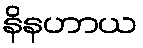
နိနဟာယ